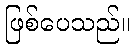
ဖြစ်ပေသည်။